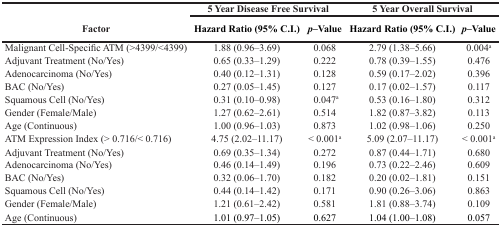
<table><thead><tr><td rowspan="2"><b>Factor</b></td><td colspan="2"><b>5 Year Disease Free Survival</b></td><td colspan="2"><b>5 Year Overall Survival</b></td></tr><tr><td><b>Hazard Ratio (95% C.I.)</b></td><td><b><i>p</i>–Value</b></td><td><b>Hazard Ratio (95% C.I.)</b></td><td><b><i>p</i>–Value</b></td></tr></thead><tbody><tr><td>Malignant Cell-Specific ATM (&gt;4399/&lt;4399)</td><td>1.88 (0.96–3.69)</td><td>0.068</td><td>2.79 (1.38–5.66)</td><td>0.004<sup>a</sup></td></tr><tr><td>Adjuvant Treatment (No/Yes)</td><td>0.65 (0.33–1.29)</td><td>0.222</td><td>0.78 (0.39–1.55)</td><td>0.476</td></tr><tr><td>Adenocarcinoma (No/Yes)</td><td>0.40 (0.12–1.31)</td><td>0.128</td><td>0.59 (0.17–2.02)</td><td>0.396</td></tr><tr><td>BAC (No/Yes)</td><td>0.27 (0.05–1.45)</td><td>0.127</td><td>0.17 (0.02–1.57)</td><td>0.117</td></tr><tr><td>Squamous Cell (No/Yes)</td><td>0.31 (0.10–0.98)</td><td>0.047<sup>a</sup></td><td>0.53 (0.16–1.80)</td><td>0.312</td></tr><tr><td>Gender (Female/Male)</td><td>1.27 (0.62–2.61)</td><td>0.514</td><td>1.82 (0.87–3.82)</td><td>0.113</td></tr><tr><td>Age (Continuous)</td><td>1.00 (0.96–1.03)</td><td>0.873</td><td>1.02 (0.98–1.06)</td><td>0.250</td></tr><tr><td>ATM Expression Index (&gt; 0.716/&lt; 0.716)</td><td>4.75 (2.02–11.17)</td><td>&lt; 0.001<sup>a</sup></td><td>5.09 (2.07–11.17)</td><td>&lt; 0.001<sup>a</sup></td></tr><tr><td>Adjuvant Treatment (No/Yes)</td><td>0.69 (0.35–1.34)</td><td>0.272</td><td>0.87 (0.44–1.71)</td><td>0.680</td></tr><tr><td>Adenocarcinoma (No/Yes)</td><td>0.46 (0.14–1.49)</td><td>0.196</td><td>0.73 (0.22–2.46)</td><td>0.609</td></tr><tr><td>BAC (No/Yes)</td><td>0.32 (0.06–1.70)</td><td>0.182</td><td>0.20 (0.02–1.81)</td><td>0.151</td></tr><tr><td>Squamous Cell (No/Yes)</td><td>0.44 (0.14–1.42)</td><td>0.171</td><td>0.90 (0.26–3.06)</td><td>0.863</td></tr><tr><td>Gender (Female/Male)</td><td>1.21 (0.61–2.42)</td><td>0.581</td><td>1.81 (0.88–3.74)</td><td>0.109</td></tr><tr><td>Age (Continuous)</td><td>1.01 (0.97–1.05)</td><td>0.627</td><td>1.04 (1.00–1.08)</td><td>0.057</td></tr></tbody></table>